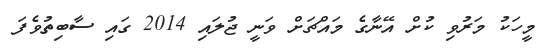
މީހަކު މަރުވި ކުށް އޭނާގެ މައްޗަށް ވަނީ ޖުލައި 2014 ގައި ސާބިތުވެފަ